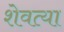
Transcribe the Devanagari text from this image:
शेवत्या